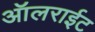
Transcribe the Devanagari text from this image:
ऑलराईट